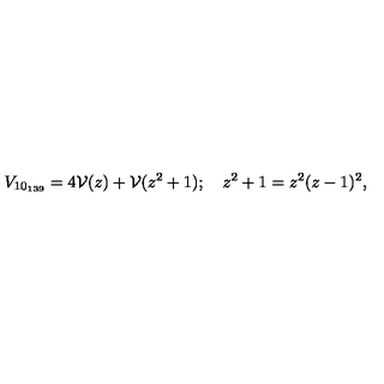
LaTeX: V _ { 1 0 _ { 1 3 9 } } = 4 { \cal V } ( z ) + { \cal V } ( z ^ { 2 } + 1 ) ; \quad z ^ { 2 } + 1 = z ^ { 2 } ( z - 1 ) ^ { 2 } ,